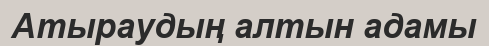
Атыраудың алтын адамы